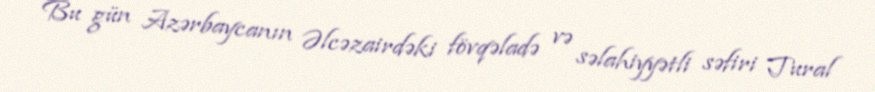
Bu gün Azərbaycanın Əlcəzairdəki fövqəladə və səlahiyyətli səfiri Tural